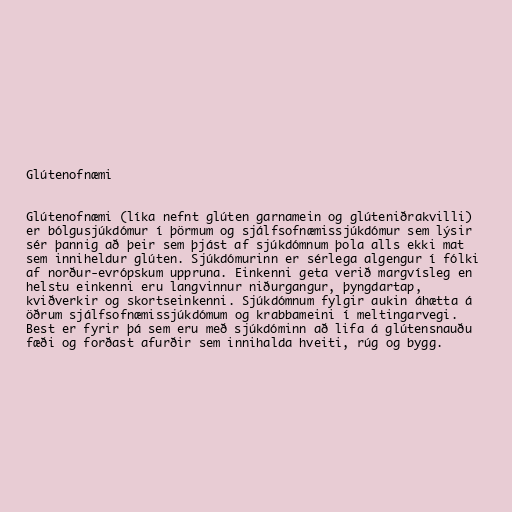
Glútenofnæmi

Glútenofnæmi (líka nefnt glúten garnamein og glúteniðrakvilli)
er bólgusjúkdómur í þörmum og sjálfsofnæmissjúkdómur sem lýsir
sér þannig að þeir sem þjást af sjúkdómnum þola alls ekki mat
sem inniheldur glúten. Sjúkdómurinn er sérlega algengur í fólki
af norður-evrópskum uppruna. Einkenni geta verið margvísleg en
helstu einkenni eru langvinnur niðurgangur, þyngdartap,
kviðverkir og skortseinkenni. Sjúkdómnum fylgir aukin áhætta á
öðrum sjálfsofnæmissjúkdómum og krabbameini í meltingarvegi.
Best er fyrir þá sem eru með sjúkdóminn að lifa á glútensnauðu
fæði og forðast afurðir sem innihalda hveiti, rúg og bygg.